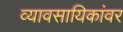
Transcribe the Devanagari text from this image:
व्यावसायिकांवर